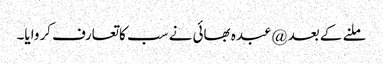
ملنے کے بعد @عبدہ بھائی نے سب کاتعارف کروایا۔